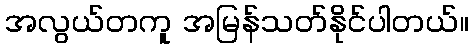
အလွယ်တကူ အမြန်သတ်နိုင်ပါတယ်။